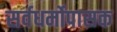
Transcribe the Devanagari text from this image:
सर्वधर्मोपासक